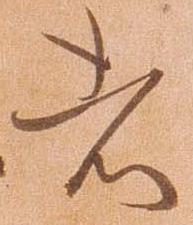
者